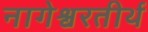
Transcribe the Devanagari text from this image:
नागेश्वरतीर्थ